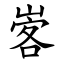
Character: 㟯